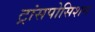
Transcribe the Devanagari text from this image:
ट्रांसपोसिशन